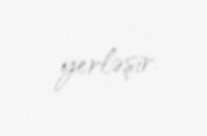
yerləşir.